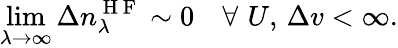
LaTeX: \operatorname*{lim}_{\lambda\to\infty}\Delta n_{\lambda}^{\mathrm{~H~F~}}\sim 0\quad\forall\, \, U,\, \Delta v<\infty.